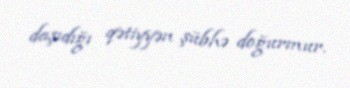
daşıdığı qətiyyən şübhə doğurmur.